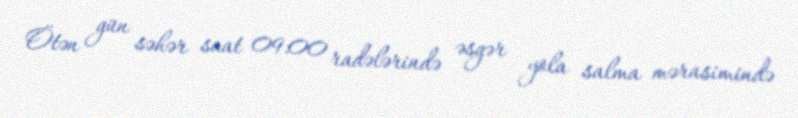
Ötən gün səhər saat 09:00 radələrində əsgər yola salma mərasimində